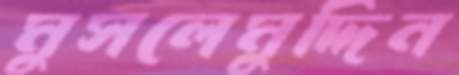
মুসলেমুদ্দিন